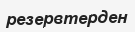
резервтерден